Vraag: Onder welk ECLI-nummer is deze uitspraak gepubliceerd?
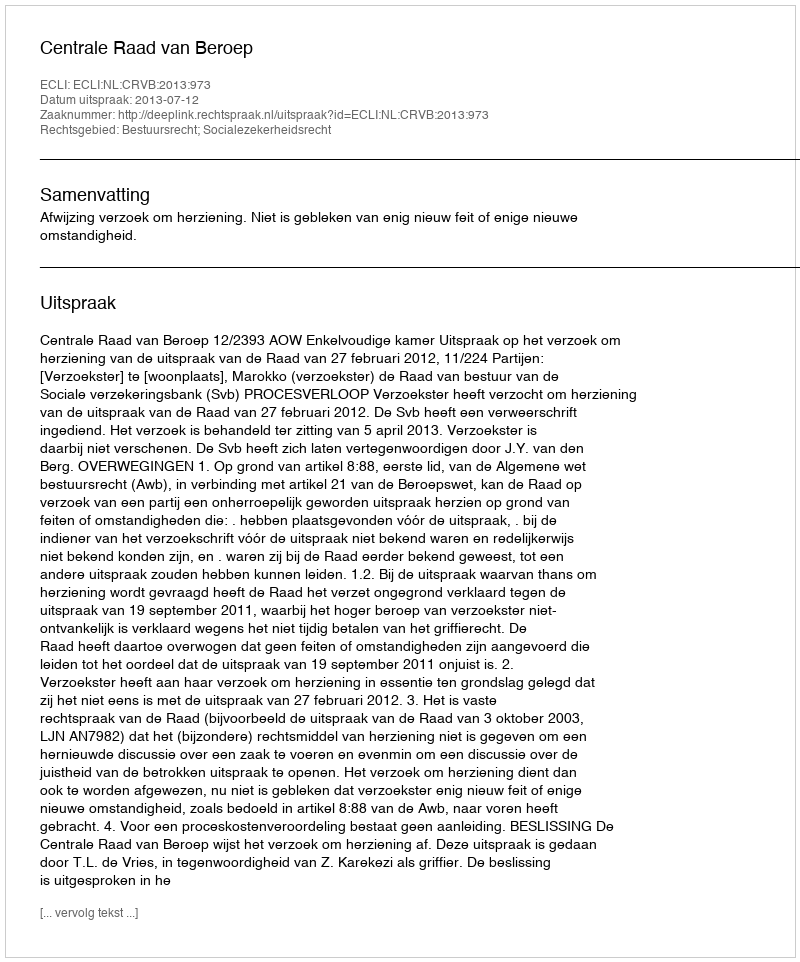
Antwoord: ECLI:NL:CRVB:2013:973